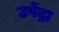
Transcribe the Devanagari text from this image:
उपेंद्रा